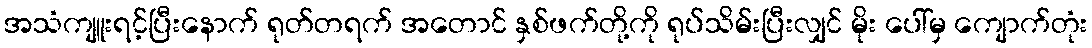
အသံကျူးရင့်ပြီးနောက် ရုတ်တရက် အတောင် နှစ်ဖက်တို့ကို ရုပ်သိမ်းပြီးလျှင် မိုး ပေါ်မှ ကျောက်တုံး